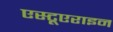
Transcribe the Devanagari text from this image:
एस्टूएराइन